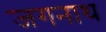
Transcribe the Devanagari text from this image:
जगनाथ